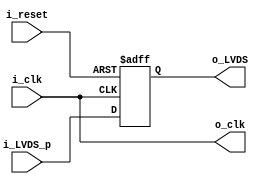
module LVDS(

  input wire i_clk,
	 input wire i_reset,
	 input wire i_LVDS_p,
	 //input wire i_LVDS_n, // NE TREBA
	
	 output wire o_clk,
  output reg o_LVDS
);
    assign o_clk = i_clk;

    always @(posedge i_clk or posedge i_reset)begin
	       if(i_reset)begin
	          o_LVDS <= 1'b0;
	   end else begin
              o_LVDS <= i_LVDS_p;
	   end
end

endmodule